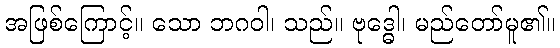
အဖြစ်ကြောင့်။ သော ဘဂဝါ၊ သည်။ ဗုဒ္ဓေါ၊ မည်တော်မူ၏။